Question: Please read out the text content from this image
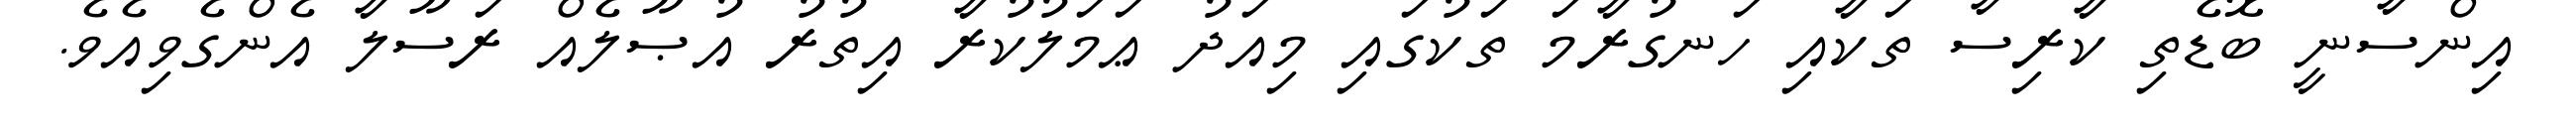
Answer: އިންސާނީ ބޮޑެތި ކާރިސާ ތަކާއި ހަނގުރާމަ ތަކުގައި މިއަދު ޢަމަލުކުރާ އިތުރު އުޞޫލެއް ރަސޫލާ އެންގެވިއެވެ.